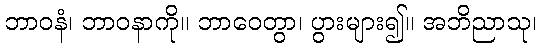
ဘာဝနံ၊ ဘာဝနာကို။ ဘာဝေတွာ၊ ပွားများ၍။ အဘိညာသု၊